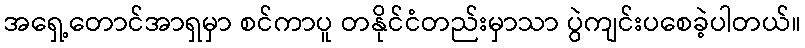
အရှေ့တောင်အာရှမှာ စင်ကာပူ တနိုင်ငံတည်းမှာသာ ပွဲကျင်းပစေခဲ့ပါတယ်။